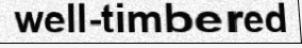
well-timbered